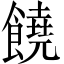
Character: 饒